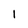
Character: 1